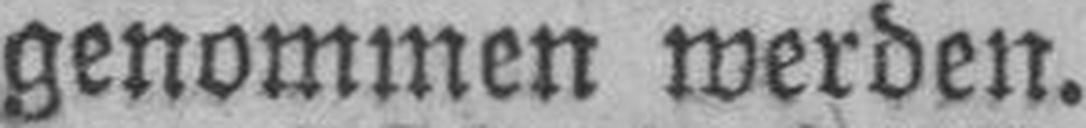
genommen werden.